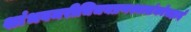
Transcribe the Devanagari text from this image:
शांभवमरीचिचयप्रणश्यत्संकोचहार्द